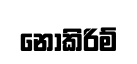
නොකිරිම්